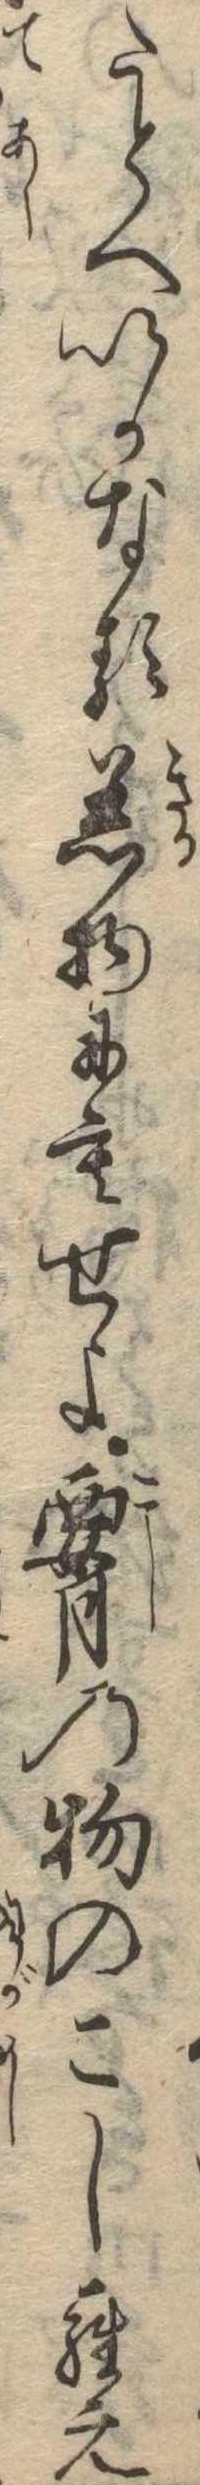
たとへいかなる着物にもせよ腰の物のこしらえ